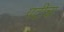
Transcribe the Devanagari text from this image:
पटीचा